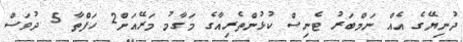
ދުނިޔޭގެ އެއް ނަމްބަރު ޓެނިސް ކުޅުންތެރިއާގެ މަގާމު މަރޭއަށް2 ހަފްތާ 5 ދުވަސް